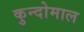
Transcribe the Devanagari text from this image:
कुन्दोमाल